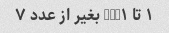
۱ تا NUM۱ بغیر از عدد ۷